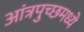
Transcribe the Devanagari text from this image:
आंत्रपुच्छमध्ये